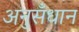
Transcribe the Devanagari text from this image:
अनुसँधान